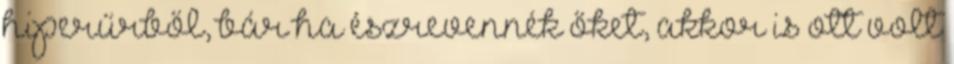
hiperűrből, bár ha észrevennék őket, akkor is ott volt